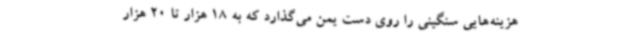
هزینه‌هایی سنگینی را روی دست یمن می‌گذارد که به 18 هزار تا 20 هزار